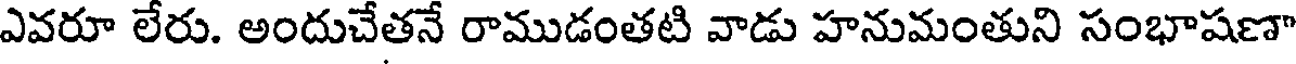
ఎవరూ లేరు. అందుచేతనే రాముడంతటి వాడు హనుమంతుని సంభాషణా